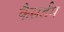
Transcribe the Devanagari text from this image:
कैसर्डम